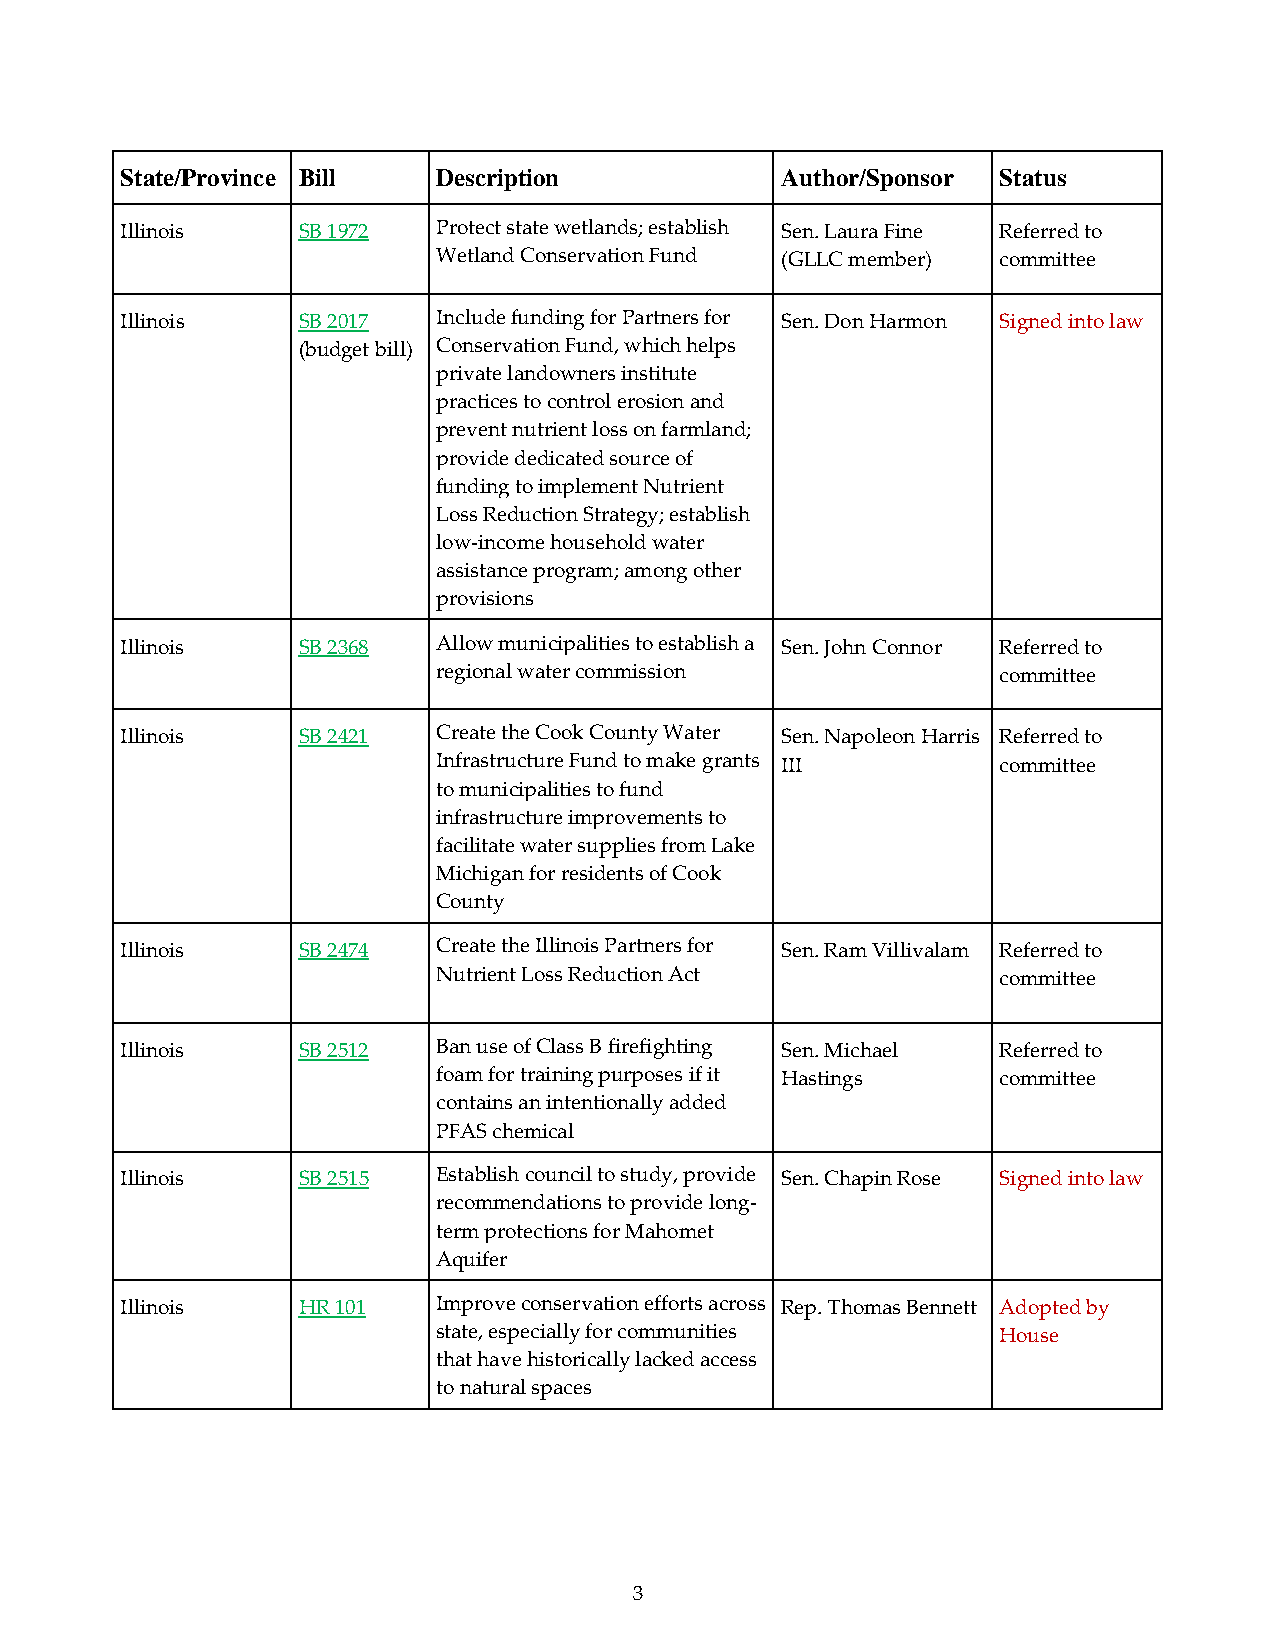
State/Province Bill  Description            Author/Sponsor Status
 Illinois    SB 1972  Protect state wetlands; establish Sen. Laura Fine Referred to
 Wetland Conservation Fund (GLLC member) committee
 Illinois    SB 2017  Include funding for Partners for Sen. Don Harmon Signed into law
 (budget bill) Conservation Fund, which helps
 private landowners institute
 practices to control erosion and
 prevent nutrient loss on farmland;
 provide dedicated source of
 funding to implement Nutrient
 Loss Reduction Strategy; establish
 low-income household water
 assistance program; among other
 provisions
 Illinois    SB 2368  Allow municipalities to establish a Sen. John Connor Referred to
 regional water commission            committee
 Illinois    SB 2421  Create the Cook County Water Sen. Napoleon Harris Referred to
 Infrastructure Fund to make grants III committee
 to municipalities to fund
 infrastructure improvements to
 facilitate water supplies from Lake
 Michigan for residents of Cook
 County
 Illinois    SB 2474  Create the Illinois Partners for Sen. Ram Villivalam Referred to
 Nutrient Loss Reduction Act          committee
 Illinois    SB 2512  Ban use of Class B firefighting Sen. Michael Referred to
 foam for training purposes if it Hastings committee
 contains an intentionally added
 PFAS chemical
 Illinois    SB 2515  Establish council to study, provide Sen. Chapin Rose Signed into law
 recommendations to provide long-
 term protections for Mahomet
 Aquifer
 Illinois    HR 101   Improve conservation efforts across Rep. Thomas Bennett Adopted by
 state, especially for communities    House
 that have historically lacked access
 to natural spaces
 3